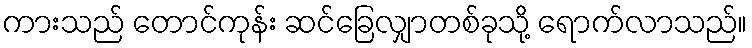
ကားသည် တောင်ကုန်း ဆင်ခြေလျှာတစ်ခုသို့ ရောက်လာသည်။